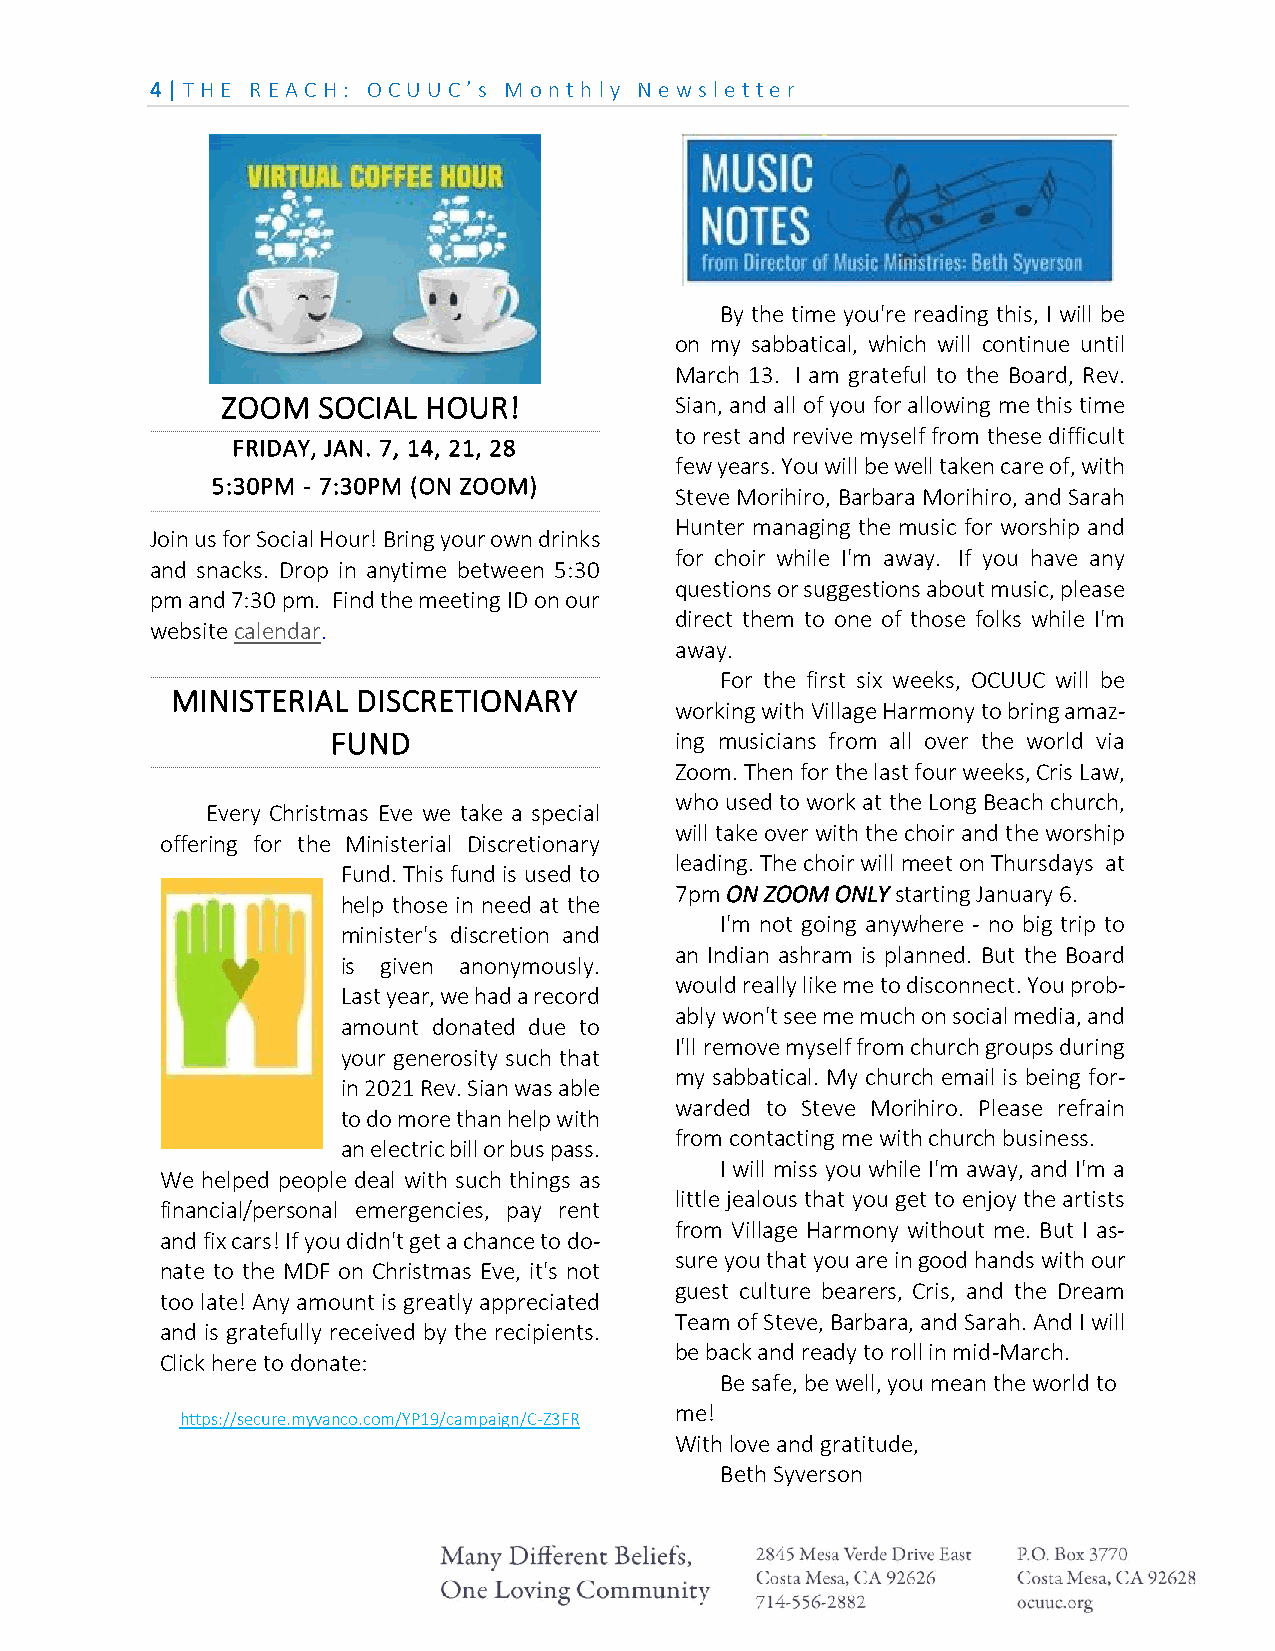
4 | THE REA CH: OCU U C’ s M on th ly N e ws le tte r
 By the time you're reading this, I will be
 on my sabbatical, which will continue until
 March 13. I am grateful to the Board, Rev.
 ZOOM  SOCIAL HOUR!            Sian, and all of you for allowing me this time
 to rest and revive myself from these difficult
 FRIDAY, JAN. 7, 14, 21, 28
 few years. You will be well taken care of, with
 5:30PM - 7:30PM (ON ZOOM)
 Steve Morihiro, Barbara Morihiro, and Sarah
 Hunter managing the music for worship and
 Join us for Social Hour! Bring your own drinks
 for choir while I'm away. If you have any
 and snacks. Drop in anytime between 5:30
 questions or suggestions about music, please
 pm and 7:30 pm. Find the meeting ID on our
 direct them to one of those folks while I'm
 website calendar.
 away.
 For the first six weeks, OCUUC will be
 MINISTERIAL  DISCRETIONARY
 working with Village Harmony to bring amaz-
 FUND                   ing musicians from all over the world via
 Zoom. Then for the last four weeks, Cris Law,
 who used to work at the Long Beach church,
 Every Christmas Eve we take a special
 will take over with the choir and the worship
 offering for the Ministerial Discretionary
 leading. The choir will meet on Thursdays at
 Fund. This fund is used to
 7pm ON ZOOM ONLY starting January 6.
 help those in need at the
 I'm not going anywhere - no big trip to
 minister's discretion and
 an Indian ashram is planned. But the Board
 is given anonymously.
 would really like me to disconnect. You prob-
 Last year, we had a record
 ably won't see me much on social media, and
 amount donated due to
 I'll remove myself from church groups during
 your generosity such that
 my sabbatical. My church email is being for-
 in 2021 Rev. Sian was able
 warded to Steve Morihiro. Please refrain
 to do more than help with
 from contacting me with church business.
 an electric bill or bus pass.
 I will miss you while I'm away, and I'm a
 We helped people deal with such things as
 little jealous that you get to enjoy the artists
 financial/personal emergencies, pay rent
 from Village Harmony without me. But I as-
 and fix cars! If you didn't get a chance to do-
 sure you that you are in good hands with our
 nate to the MDF on Christmas Eve, it's not
 guest culture bearers, Cris, and the Dream
 too late! Any amount is greatly appreciated
 Team of Steve, Barbara, and Sarah. And I will
 and is gratefully received by the recipients.
 be back and ready to roll in mid-March.
 Click here to donate:
 Be safe, be well, you mean the world to
 https://secure.myvanco.com/YP19/campaign/C-Z3FR
 me!
 With love and gratitude,
 Beth Syverson